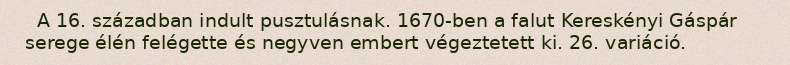
A 16. században indult pusztulásnak. 1670-ben a falut Kereskényi Gáspár serege élén felégette és negyven embert végeztetett ki. 26. variáció.